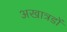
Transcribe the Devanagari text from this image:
अखात्रडों